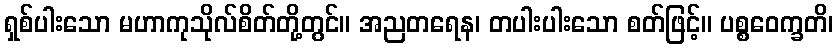
ရှစ်ပါးသော မဟာကုသိုလ်စိတ်တို့တွင်။ အညတရေန၊ တပါးပါးသော စတ်ဖြင့်။ ပစ္စဝေက္ခတိ၊